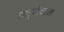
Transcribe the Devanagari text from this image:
बहुवंचन